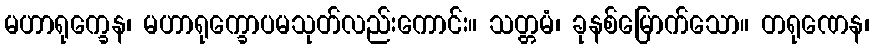
မဟာရုက္ခေန၊ မဟာရုက္ခောပမသုတ်လည်းကောင်း။ သတ္တမံ၊ ခုနစ်မြောက်သော။ တရုဏေန၊